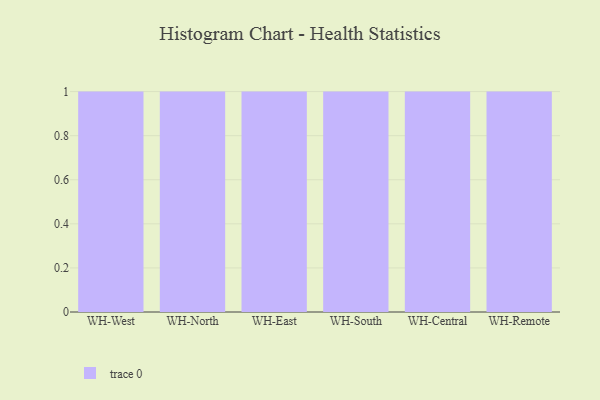
{"axis": {"x": "Warehouse", "y": "Net Income (USD K)"}, "legend": [""], "data": [{"x": "WH-West", "y": 58, "type": ""}, {"x": "WH-North", "y": 49, "type": ""}, {"x": "WH-East", "y": 3, "type": ""}, {"x": "WH-South", "y": 97, "type": ""}, {"x": "WH-Central", "y": 41, "type": ""}, {"x": "WH-Remote", "y": 20, "type": ""}]}